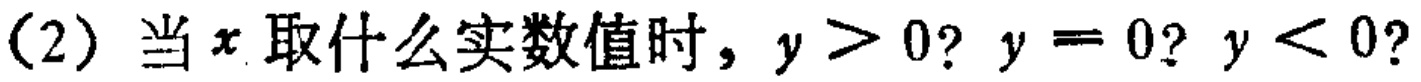
(2) 当\(x\)取什么实数值时，\(y > 0\)? \(y = 0\)? \(y < 0\)?